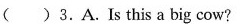
( )3.A.Is this a big cow?